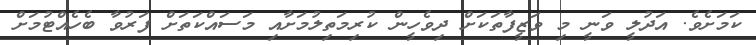
ކަމަށެވެ. އަދުލީ ވަނީ މި ވަޒީފާތަކަށް ދިވެހީން ކުރިމަތިލުމަށާއި މަސައްކަތަށް ފަރުވާ ބެހެއްޓުމަށް